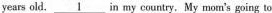
years old. \underline{1} in my country, My mom's going to